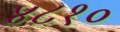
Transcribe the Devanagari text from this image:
४८१०